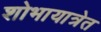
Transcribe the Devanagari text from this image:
शोभायात्रेत